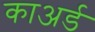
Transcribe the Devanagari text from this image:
काअर्ड